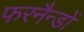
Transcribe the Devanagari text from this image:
फरनैन्डों